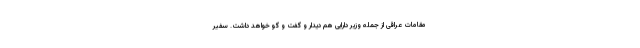
مقامات عراقی از جمله وزیر دارایی هم دیدار و گفت و گو خواهد داشت. سفیر